Annual report of the Civil Veterinary Department, Bengal, for the year 1897-98 - 1897-1898
Year: 1897
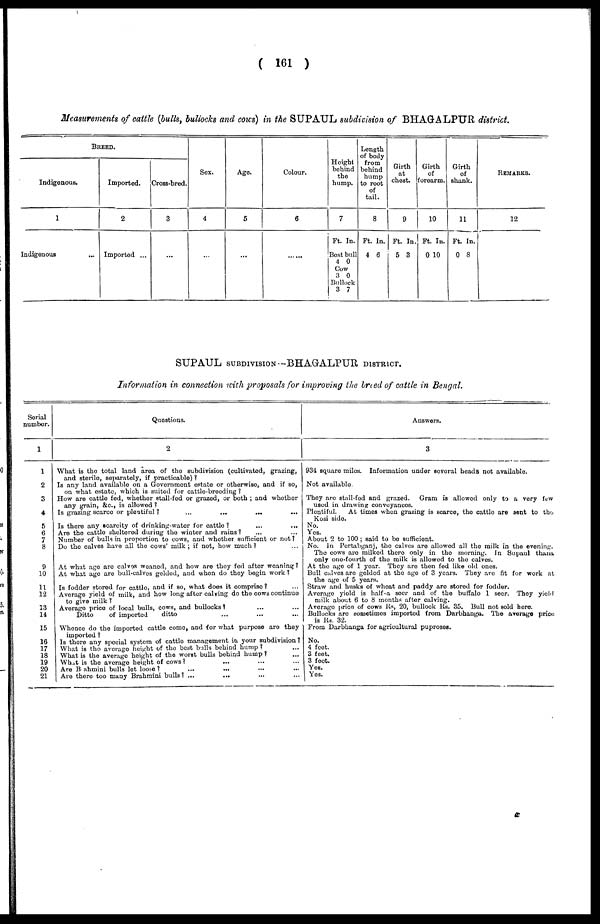
( 161 )
Measurements of cattle (bulls, bullocks and cows) in the SUPAUL subdivision of BHAGALPUR district.
BREED.
Indigenous.
1
Indigenous ...
Imported.
2
Imported ...
Cross-bred.
3
...
Sex.
4
...
Age.
5
...
Colour.
6
......
Height
behind
the
hump.
7
Ft. In.
Best bull
4 0
Cow
3 0
Bullock
3 7
Length
of body
from
behind
hump
to root
of
tail.
8
Ft. In.
4 6
Girth
at
chest.
9
Ft. In.
5 3
Girth
of
forearm.
10
Ft. In.
0 10
Girth
of
shank.
11
Ft. In.
0 8
REMARKS.
12
SUPAUL SUBDIVISION--BHAGALPUR DISTRICT.
Information in connection with proposals for improving the breed of cattle in Bengal.
Serial
number.
1
1
2
3
4
5
6
7
8
9
10
11
12
13
14
15
16
17
18
19
20
21
Questions.
2
What is the total land area of the subdivision (cultivated, grazing,
and sterile, separately, if practicable) ?
Is any land available on a Government estate or otherwise, and if so,
on what estate, which is suited for cattle-breeding ?
How are cattle fed, whether stall-fed or grazed, or both ; and whether
any grain, &c., is allowed ?
Is grazing scarce or plentiful?
...
...
...
...
Is there any scarcity of drinking-water for cattle ? ... ...
Are the cattle sheltered during the winter and rains? ... ...
Number of bulls in proportion to cows, and whether sufficient or not ?
Do the calves have all the cows' milk; if not, how much? ...
At what age are calves weaned, and how are they fed after weaning ?
At what age are bull-calves gelded, and when do they begin work ?
Is fodder stored for cattle, and if so, what does it comprise?
...
Average yield of milk, and how long after calving do the cows continue
to give milk ?
Average price of local bulls, cows, and bullocks? ... ...
Ditto
of imported
ditto
Whence do the imported cattle come, and for what purpose are they
imported ?
Is there any special system of cattle management in your subdivision ?
What is the average height of the best bulls behind hump ? ...
What is the average height of the worst bulls behind hump ? ...
What is the average height of cows? ... ... ... ...
Are Brahmini bulls let loose ? ... ... ... ...
Are there too many Brahmini bulls? ... ... ... ...
Answers.
3
934 square miles. Information under several heads not available.
Not available.
They are stall-fed and grazed.
Gram is allowed only to a very few
used in drawing conveyances.
Plentiful.
At times when grazing is scarce, the cattle are sent to the
Kosi side.
No.
Yes.
About 2 to 100 ; said to bo sufficient.
No. In Pertabganj, the calves are allowed all the milk in the evening.
The cows are milked there only in the morning. In Supaul thana
only one-fourth of the milk is allowed to the calves.
At the age of 1 year. They are then fed like old ones.
Bull calves are gelded at the age of 3 years. They are fit for work at
the age of 5 years.
Straw and husks of wheat and paddy are stored for fodder.
Average yield is half-a seer and of the buffalo 1 seer. They yield
milk about 6 to 8 months after calving.
Average price of cows Its, 20, bullock Rs. 35. Bull not sold here.
Bullocks are sometimes imported from Darbhanga. The average price
is Rs. 32.
From Darbhanga for agricultural puproses.
No.
4 feet.
3 feet.
3 feet.
Yes.
Yes.